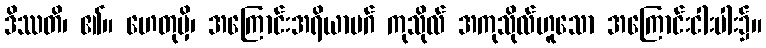
ဒိဿတိ၊ ၏။ ဟေတုမှိ၊ အကြောင်းအရိယာမဂ် ကုသိုလ် အကုသိုလ်ဟူသော အကြောင်းငါးပါး၌။